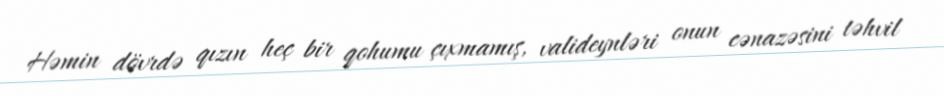
Həmin dövrdə qızın heç bir qohumu çıxmamış, valideynləri onun cənazəsini təhvil